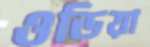
ওডিয়া